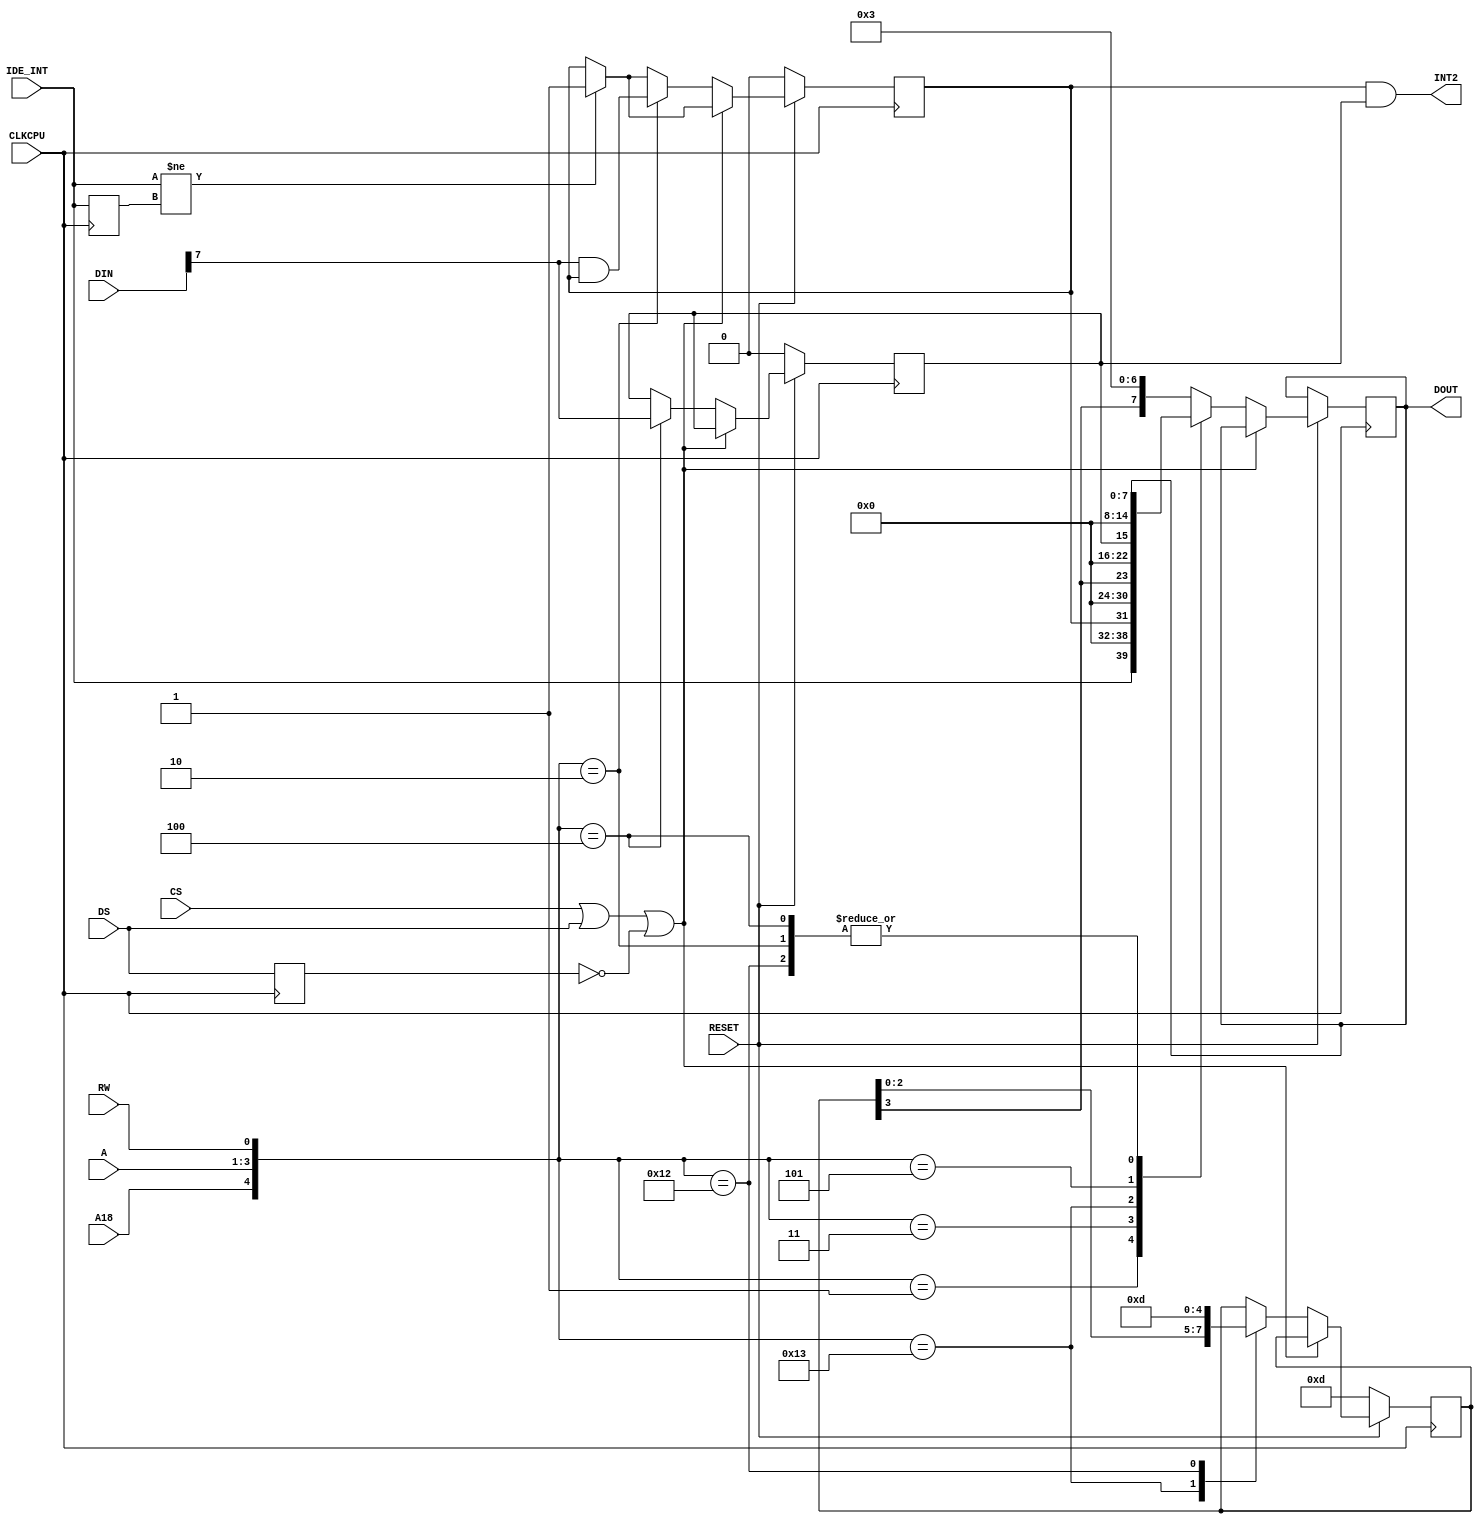
`timescale 1ns / 1ps
  
module gayle(
	     input 	        CLKCPU,
	     input 	        RESET, 
	     input 	        CS,
         input          DS, 
	     input 	        RW,
	     input 	        IDE_INT,
	     output 	    INT2,
	     input	        A18,
	     input [2:0]    A,
	     input [7:0]    DIN,
         output reg [7:0] DOUT
);
   
parameter GAYLE_ID_VAL = 4'hd;

reg [3:0] gayleid;
reg 	  intchg;
reg 	  intena;
reg 	  intlast;
reg       ds_d;
   
// $DE1000
localparam GAYLE_ID_RD = {1'b1,3'h1,1'b1};
localparam GAYLE_ID_WR = {1'b1,3'h1,1'b0};

// $DA8000
localparam GAYLE_STAT_RD = {4'h0,1'b1};
localparam GAYLE_STAT_WR = {4'h0,4'h0,1'b0};

// $DA9000
localparam GAYLE_INTCHG_RD = {4'h1,1'b1};
localparam GAYLE_INTCHG_WR = {4'h1,1'b0};

// $DAA000
localparam GAYLE_INTENA_RD = {4'h2,1'b1};
localparam GAYLE_INTENA_WR = {4'h2,1'b0};

always @(posedge CLKCPU) begin

   intlast <= IDE_INT;
   ds_d    <= DS;
  
   if (RESET == 1'b0) begin 
      // resetting to low ensures that the next cycle
      // after reset is disasserted is not a bus cycle. 
      intena <= 1'b0;
      intchg <= 1'b0;
      gayleid <= GAYLE_ID_VAL;
   end else begin 
   
       if (IDE_INT != intlast) begin
          intchg <= 1'b1;
       end
       
       if ((CS | DS | ~ds_d) == 1'b0) begin
          case ({A18,A,RW})
                GAYLE_STAT_RD: DOUT <= {IDE_INT, 7'd0};
                GAYLE_INTCHG_RD: DOUT <= {intchg, 7'd0};
                GAYLE_INTCHG_WR: intchg <= DIN[7] & intchg;
                GAYLE_ID_RD: begin 
                   DOUT <=  {gayleid[3], 7'd0};
                   gayleid <= {gayleid[2:0],1'b0};
                end 
                GAYLE_ID_WR: gayleid <= GAYLE_ID_VAL;
                GAYLE_INTENA_RD: DOUT <= {intena, 7'd0};
                GAYLE_INTENA_WR: intena <= DIN[7];
                default: DOUT <= {gayleid[3],7'd3};
          endcase       
       end   
    end
end 
  
assign INT2 = intchg & intena;
   
endmodule